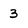
Character: 3